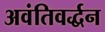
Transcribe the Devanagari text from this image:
अवंतिवर्द्धन